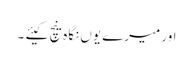
اور میرے یوں نگاہ نیچ کیئے ۔